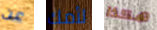
عن لأمك هكذا